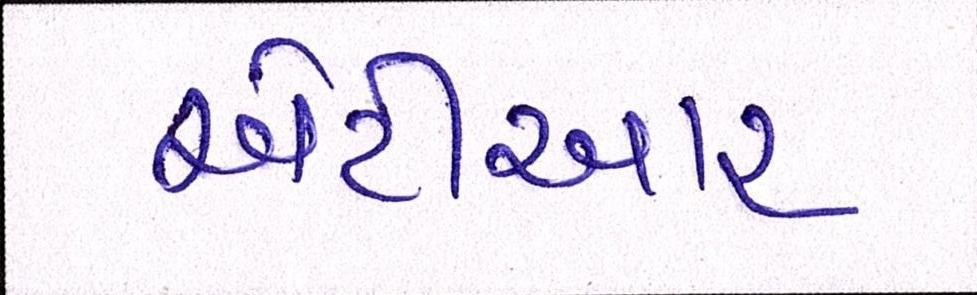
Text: એટીઆર